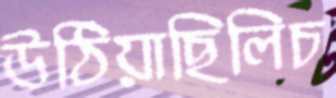
উঠিয়াছিলিচ